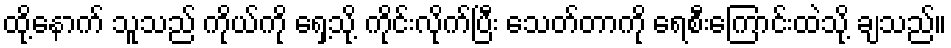
ထို့နောက် သူသည် ကိုယ်ကို ရှေ့သို့ ကိုင်းလိုက်ပြီး သေတ်တာကို ရေစီးကြောင်းထဲသို့ ချသည်။